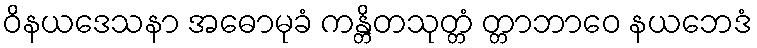
ဝိနယဒေသနာ အဓောမုခံ ကန္တိတသုတ္တံ တ္တာဘာဝေ နယဘေဒံ